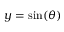
y = \sin ( \theta )